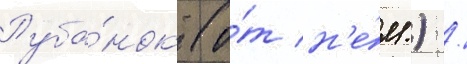
Руба́нок (о́т н'е́м.) /